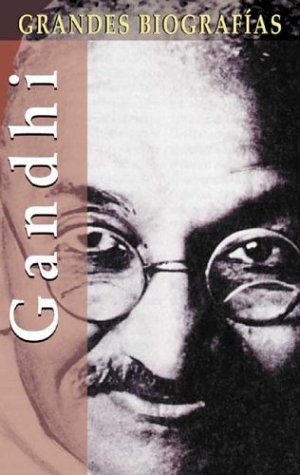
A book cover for Gandhi (Grandes biografias series); Carmen Vivero; Religion & Spirituality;